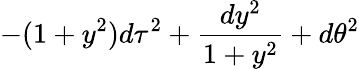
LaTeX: -(1+y^{2})d\tau^{2}+{\frac{dy^{2}}{1+y^{2}}}+d\theta^{2}